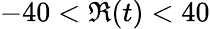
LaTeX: -40<\Re(t)<40